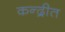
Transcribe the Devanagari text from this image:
कन्द्रीत